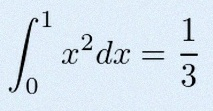
\int_0^1 x^2dx=\frac13